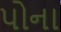
પોના